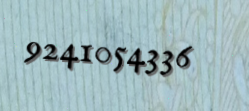
9241054336